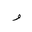
Letter: _waw